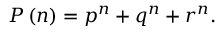
P \left( n \right) = { p ^ { n } } + { q ^ { n } } + { r ^ { n } } .